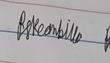
Signature authenticity: genuine